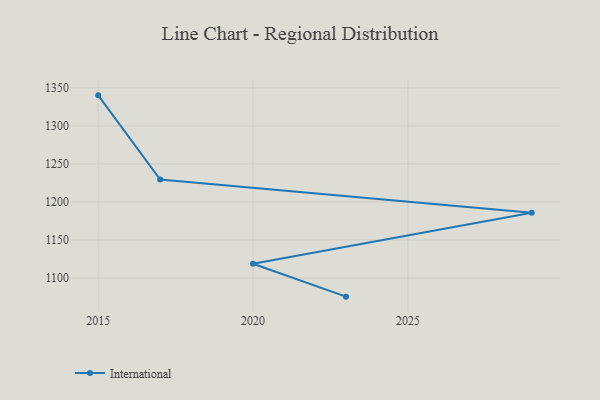
{"axis": {"x": "Year", "y": "Churn Rate (%)"}, "legend": ["International"], "data": [{"x": "2015", "y": 1340.1, "type": "International"}, {"x": "2017", "y": 1229.5, "type": "International"}, {"x": "2029", "y": 1185.9, "type": "International"}, {"x": "2020", "y": 1118.9, "type": "International"}, {"x": "2023", "y": 1075.6, "type": "International"}]}